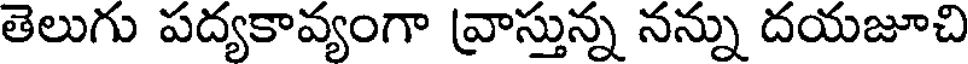
తెలుగు పద్యకావ్యంగా వ్రాస్తున్న నన్ను దయజూచి